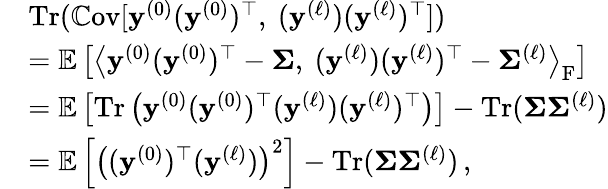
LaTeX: \begin{array}{rl}&{\mathrm{Tr}(\mathbb{C}\mathrm{ov}[{\mathbf{y}}^{(0)}({\mathbf{y}}^{(0)})^{\top},\ ({\mathbf{y}}^{(\ell)})({\mathbf{y}}^{(\ell)})^{\top}])}\\ &{=\mathbb{E}\left[\left\langle{\mathbf{y}}^{(0)}({\mathbf{y}}^{(0)})^{\top}-{\boldsymbol{\Sigma}},\ ({\mathbf{y}}^{(\ell)})({\mathbf{y}}^{(\ell)})^{\top}-{\boldsymbol{\Sigma}}^{(\ell)}\right\rangle_{\mathrm{F}}\right]}\\ &{=\mathbb{E}\left[\mathrm{Tr}\left({\mathbf{y}}^{(0)}({\mathbf{y}}^{(0)})^{\top}({\mathbf{y}}^{(\ell)})({\mathbf{y}}^{(\ell)})^{\top}\right)\right]-\mathrm{Tr}({\boldsymbol{\Sigma}}{\boldsymbol{\Sigma}}^{(\ell)})}\\ &{=\mathbb{E}\left[\left(({\mathbf{y}}^{(0)})^{\top}({\mathbf{y}}^{(\ell)})\right)^{2}\right]-\mathrm{Tr}({\boldsymbol{\Sigma}}{\boldsymbol{\Sigma}}^{(\ell)})\, ,}\end{array}